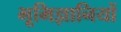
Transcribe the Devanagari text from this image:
भूमिज्ञानियों